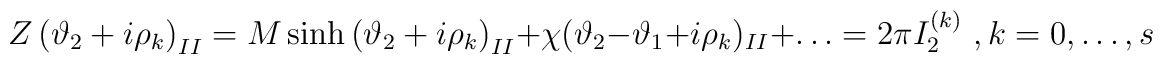
Z\left( \vartheta _{2}+i\rho _{k}\right) _{II}=M\sinh \left( \vartheta _{2}+i\rho _{k}\right) _{II}+\chi (\vartheta _{2}-\vartheta _{1}+i\rho _{k})_{II}+\ldots =2\pi I^{(k)}_{2}\, \, ,k=0,\ldots ,s